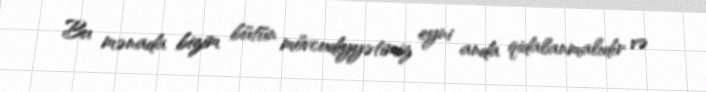
Bu mənada bizim bütün mövcudiyyətimiz eyni anda qidalanmalıdır və